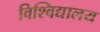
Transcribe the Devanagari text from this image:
विश्‍विद्यालय